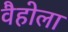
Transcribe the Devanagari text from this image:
वैहोला